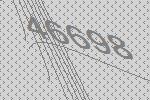
46698